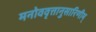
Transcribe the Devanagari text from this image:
मनोववृत्तानुसारिणीम्